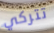
تتركي